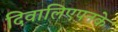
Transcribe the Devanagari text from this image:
दिवालिएपनके